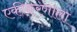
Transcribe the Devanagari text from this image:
एकीकरणाला